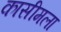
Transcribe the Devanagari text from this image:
कासीमला